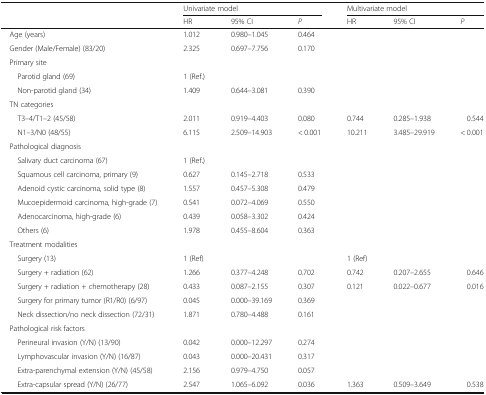
<table><thead><tr><td rowspan="2"></td><td colspan="3"><b>Univariate model</b></td><td colspan="3"><b>Multivariate model</b></td></tr><tr><td><b>HR</b></td><td><b>95% CI</b></td><td><b><i>P</i></b></td><td><b>HR</b></td><td><b>95% CI</b></td><td><b><i>P</i></b></td></tr></thead><tbody><tr><td> Age (years)</td><td>1.012</td><td>0.980–1.045</td><td>0.464</td><td></td><td></td><td></td></tr><tr><td> Gender (Male/Female) (83/20)</td><td>2.325</td><td>0.697–7.756</td><td>0.170</td><td></td><td></td><td></td></tr><tr><td colspan="7"> Primary site</td></tr><tr><td>Parotid gland (69)</td><td>1 (Ref.)</td><td></td><td></td><td></td><td></td><td></td></tr><tr><td>Non-parotid gland (34)</td><td>1.409</td><td>0.644–3.081</td><td>0.390</td><td></td><td></td><td></td></tr><tr><td colspan="7"> TN categories</td></tr><tr><td>T3–4/T1–2 (45/58)</td><td>2.011</td><td>0.919–4.403</td><td>0.080</td><td>0.744</td><td>0.285–1.938</td><td>0.544</td></tr><tr><td>N1–3/N0 (48/55)</td><td>6.115</td><td>2.509–14.903</td><td>&lt; 0.001</td><td>10.211</td><td>3.485–29.919</td><td>&lt; 0.001</td></tr><tr><td colspan="7"> Pathological diagnosis</td></tr><tr><td>Salivary duct carcinoma (67)</td><td>1 (Ref.)</td><td></td><td></td><td></td><td></td><td></td></tr><tr><td>Squamous cell carcinoma, primary (9)</td><td>0.627</td><td>0.145–2.718</td><td>0.533</td><td></td><td></td><td></td></tr><tr><td>Adenoid cystic carcinoma, solid type (8)</td><td>1.557</td><td>0.457–5.308</td><td>0.479</td><td></td><td></td><td></td></tr><tr><td>Mucoepidermoid carcinoma, high-grade (7)</td><td>0.541</td><td>0.072–4.069</td><td>0.550</td><td></td><td></td><td></td></tr><tr><td>Adenocarcinoma, high-grade (6)</td><td>0.439</td><td>0.058–3.302</td><td>0.424</td><td></td><td></td><td></td></tr><tr><td>Others (6)</td><td>1.978</td><td>0.455–8.604</td><td>0.363</td><td></td><td></td><td></td></tr><tr><td colspan="7"> Treatment modalities</td></tr><tr><td>Surgery (13)</td><td>1 (Ref)</td><td></td><td></td><td>1 (Ref)</td><td></td><td></td></tr><tr><td>Surgery + radiation (62)</td><td>1.266</td><td>0.377–4.248</td><td>0.702</td><td>0.742</td><td>0.207–2.655</td><td>0.646</td></tr><tr><td>Surgery + radiation + chemotherapy (28)</td><td>0.433</td><td>0.087–2.155</td><td>0.307</td><td>0.121</td><td>0.022–0.677</td><td>0.016</td></tr><tr><td>Surgery for primary tumor (R1/R0) (6/97)</td><td>0.045</td><td>0.000–39.169</td><td>0.369</td><td></td><td></td><td></td></tr><tr><td>Neck dissection/no neck dissection (72/31)</td><td>1.871</td><td>0.780–4.488</td><td>0.161</td><td></td><td></td><td></td></tr><tr><td colspan="7"> Pathological risk factors</td></tr><tr><td>Perineural invasion (Y/N) (13/90)</td><td>0.042</td><td>0.000–12.297</td><td>0.274</td><td></td><td></td><td></td></tr><tr><td>Lymphovascular invasion (Y/N) (16/87)</td><td>0.043</td><td>0.000–20.431</td><td>0.317</td><td></td><td></td><td></td></tr><tr><td>Extra-parenchymal extension (Y/N) (45/58)</td><td>2.156</td><td>0.979–4.750</td><td>0.057</td><td></td><td></td><td></td></tr><tr><td>Extra-capsular spread (Y/N) (26/77)</td><td>2.547</td><td>1.065–6.092</td><td>0.036</td><td>1.363</td><td>0.509–3.649</td><td>0.538</td></tr></tbody></table>